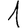
Digit: 1